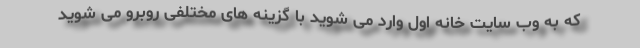
که به وب سایت خانه اول وارد می شوید با گزینه های مختلفی روبرو می شوید